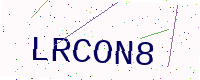
Text: LRCON8